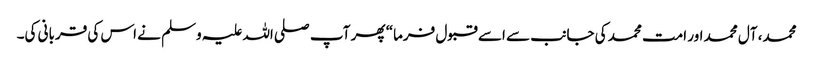
محمد، آل محمد اور امت محمد کی جانب سے اسے قبول فرما“ پھر آپ صلی اللہ علیہ وسلم نے اس کی قربانی کی۔